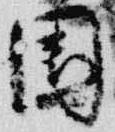
園